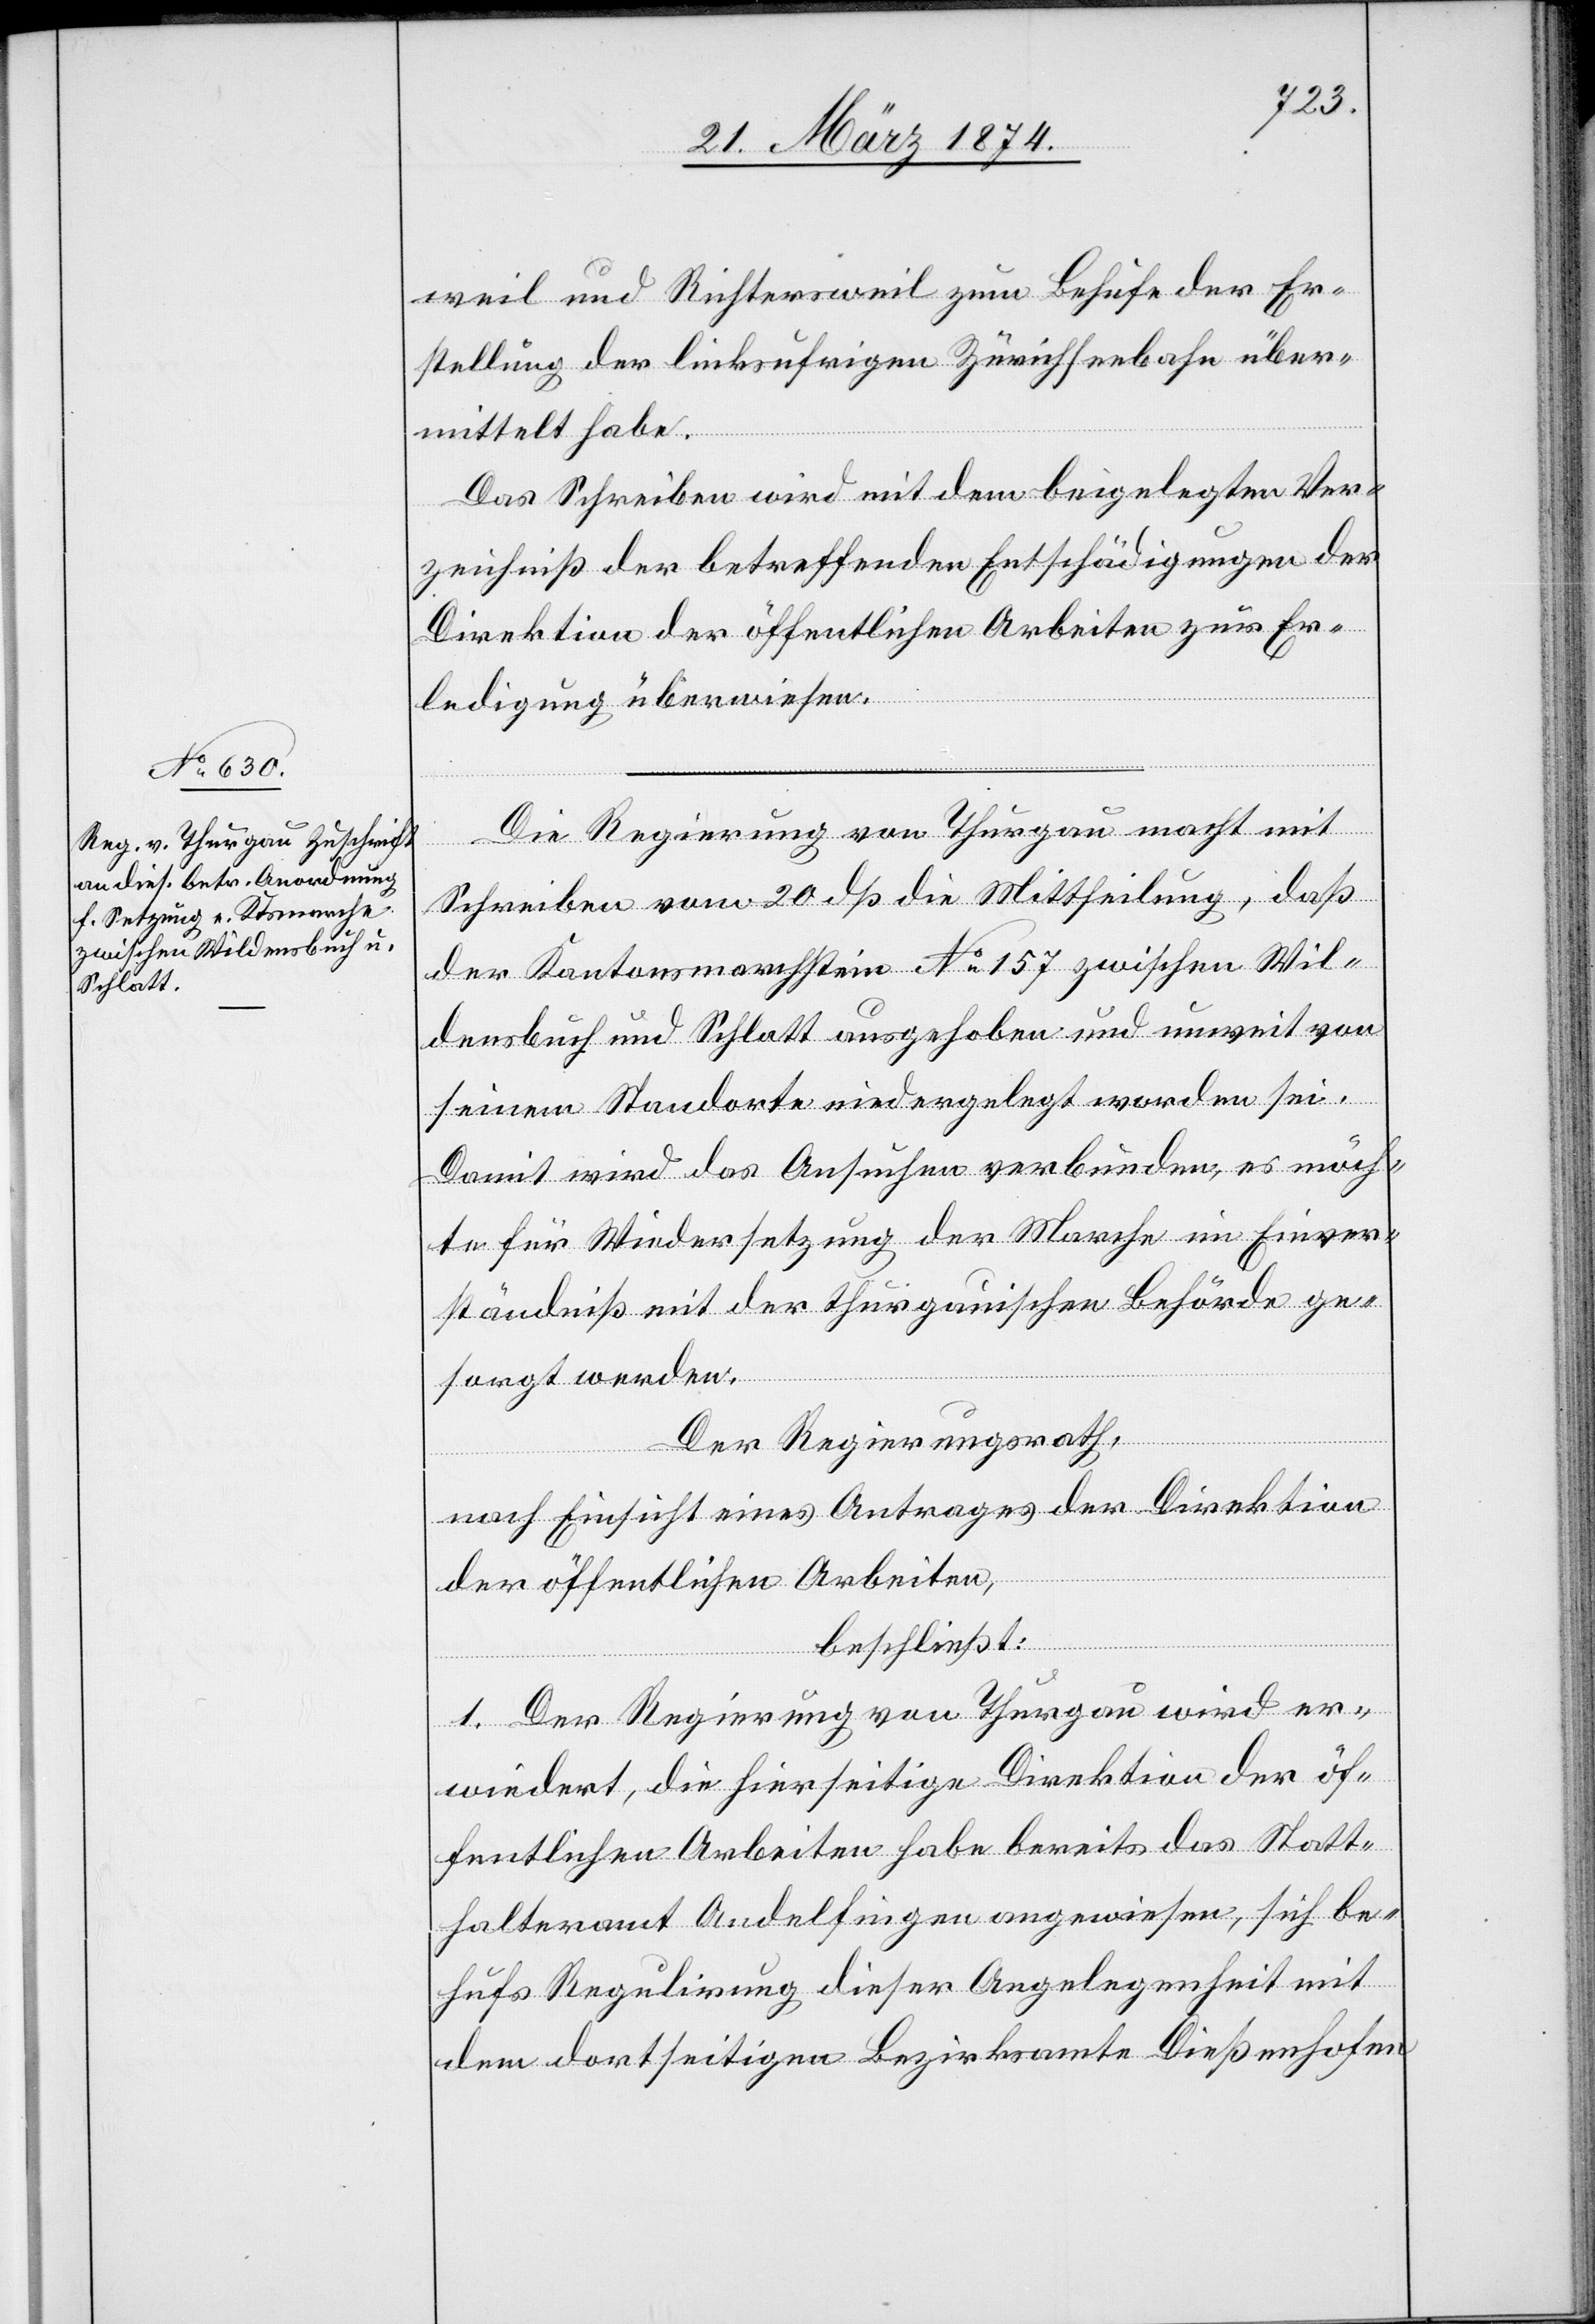
25. März 1874.]
weil und Richtersweil zum Behufe der Er¬
stellung der linksufrigen Zürichseebahn über¬
mittelt habe.
Das Schreiben wird mit dem beigelegten Ver¬
zeichniß der betreffenden Entschädigungen der
Direktion der öffentlichen Arbeiten zur Er¬
ledigung überwiesen.
Die Regierung von Thurgau macht mit
Schreiben vom 20. dß die Mittheilung, daß
der Kantonsmarchstein No 157 zwischen Wil¬
densbuch und Schlatt ausgehoben und unweit von
seinem Standorte niedergelegt worden sei.
Damit wird das Ansuchen verbunden, es möch¬
te für Wiedersetzung der Marche im Einver¬
ständniß mit der thurgauischen Behörde ge¬
sorgt werden.
Der Regierungsrath,
nach Einsicht eines Antrages der Direktion
der öffentlichen Arbeiten,
beschließt:
1. Der Regierung von Thurgau wird er¬
wiedert, die hierseitige Direktion der öf¬
fentlichen Arbeiten habe bereits das Statt¬
halteramt Andelfingen angewiesen, sich be¬
hufs Regulirung dieser Angelegenheit mit
dem dortseitigen Bezirksamte Dießenhofen